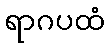
ရာဂပထံ